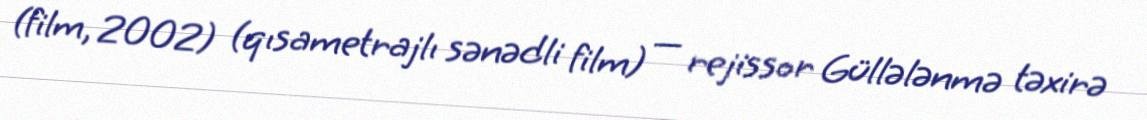
(film, 2002) (qısametrajlı sənədli film) — rejissor Güllələnmə təxirə